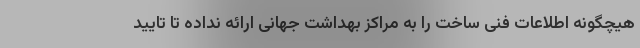
هیچگونه اطلاعات فنی ساخت را به مراکز بهداشت جهانی ارائه نداده تا تایید